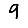
Digit: 9